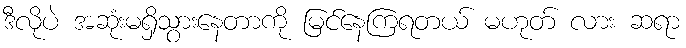
ဒီလိုပဲ အဆုံးမရှိသွားနေတာကို မြင်နေကြရတယ် မဟုတ် လား ဆရာ